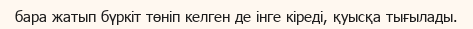
бара жатып бүркіт төніп келген де інге кіреді, қуысқа тығылады.